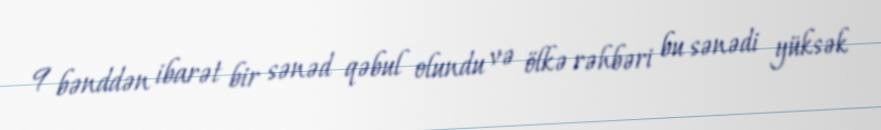
9 bənddən ibarət bir sənəd qəbul olundu və ölkə rəhbəri bu sənədi yüksək